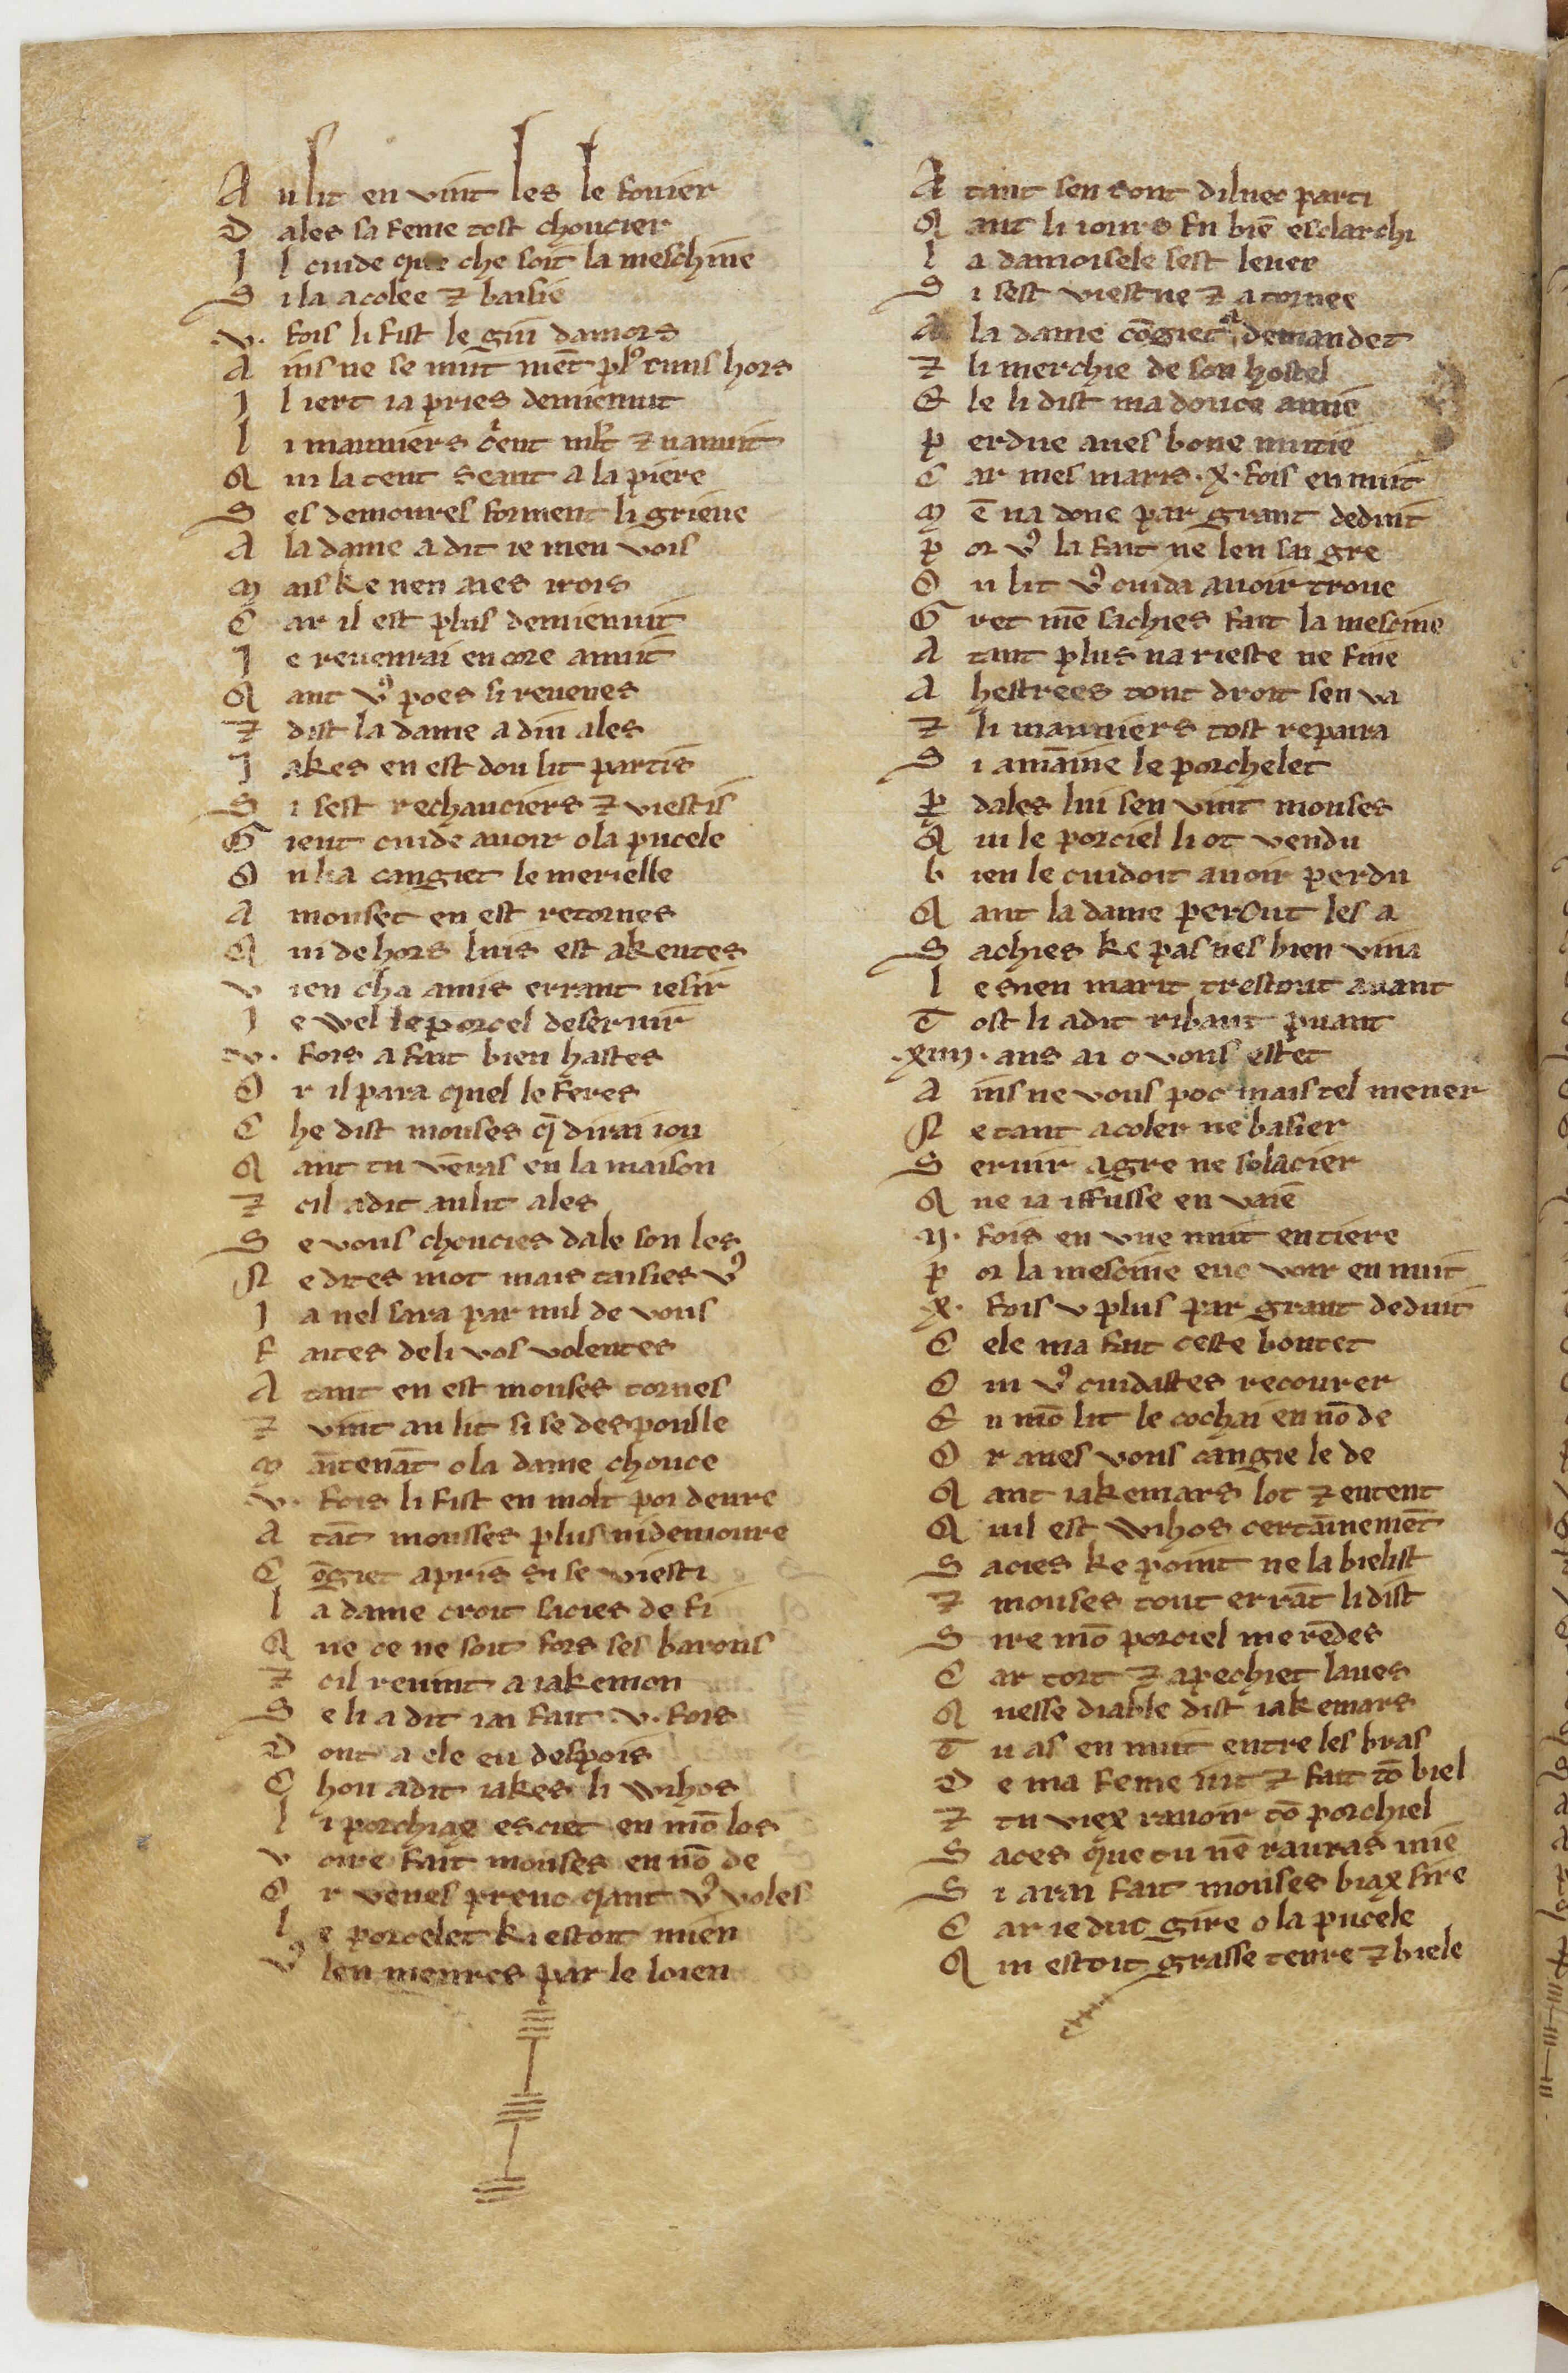
Shelfmark: Paris, BnF, fr. 1553
Century: 13